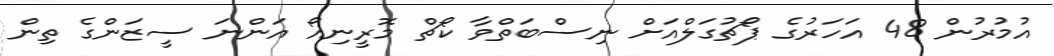
އުމުރުން 48 އަހަރުގެ ޕޯޗުގަލްއަށް ނިސްބަތްވާ ކޯޗް މޮރީނިއޯ އަންނަ ސީޒަންގެ ތިން